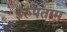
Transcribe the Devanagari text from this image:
इरुपताम्